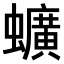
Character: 𫋧